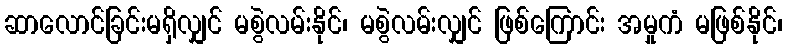
ဆာလောင်ခြင်းမရှိလျှင် မစွဲလမ်းနိုင်၊ မစွဲလမ်းလျှင် ဖြစ်ကြောင်း အမှုကံ မဖြစ်နိုင်၊